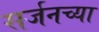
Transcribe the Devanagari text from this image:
सर्जनच्या